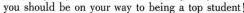
you should be on your way to being a top student!